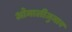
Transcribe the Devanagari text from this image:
ओमालीज़ुमाब